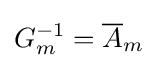
G_{m}^{-1}={\overline {A}}_{m}